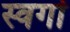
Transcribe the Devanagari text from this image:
स्वर्गा